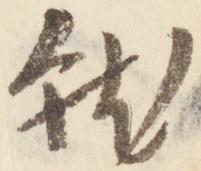
就